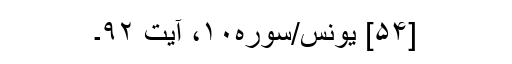
[۵۴] یونس/سوره۱۰، آیت ۹۲۔